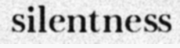
silentness